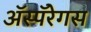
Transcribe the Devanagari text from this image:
ॲस्पॅरेगस